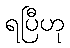
ရပြီဟု